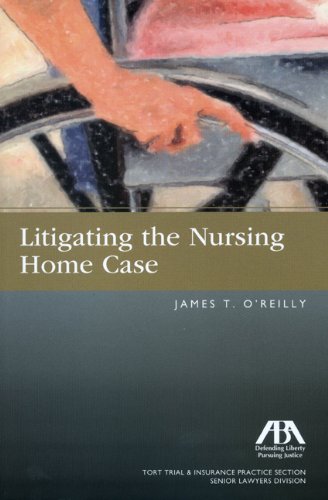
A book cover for Litigating the Nursing Home Case; James T. O'Reilly; Law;